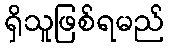
ရှိသူဖြစ်ရမည်